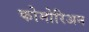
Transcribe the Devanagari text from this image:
कोमोरिअन